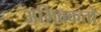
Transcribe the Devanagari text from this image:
अभिवकतो